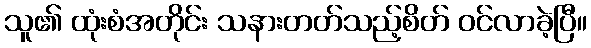
သူ၏ ထုံးစံအတိုင်း သနားတတ်သည့်စိတ် ဝင်လာခဲ့ပြီ။